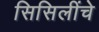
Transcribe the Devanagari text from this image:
सिसिलींचे